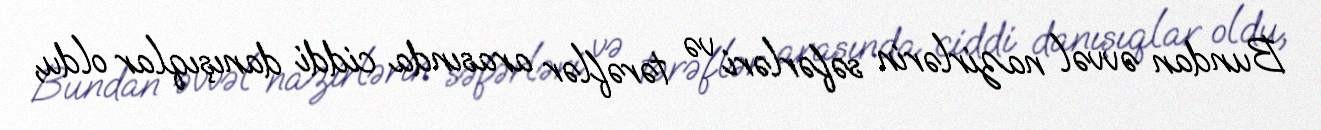
Bundan əvvəl nazirlərin səfərləri və tərəflər arasında ciddi danışıqlar oldu,